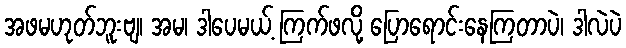
အဖမဟုတ်ဘူးဗျ၊ အမ၊ ဒါပေမယ့် ကြက်ဖလို့ ပြောရောင်းနေကြတာပဲ၊ ဒါလဲပဲ